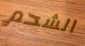
الشحم